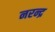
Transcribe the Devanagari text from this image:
नरन्द्र